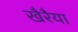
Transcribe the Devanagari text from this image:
खैरैया